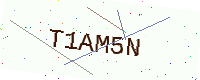
Text: T1AM5N